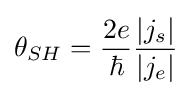
\theta _{SH}={\frac {2e}{\hbar }}{\frac {|j_{s}|}{|j_{e}|}}